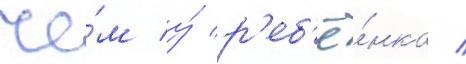
че́м у́ р'еб'ё́нка /